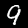
Digit: 9